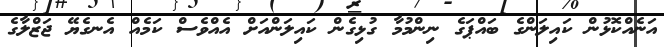
އަނެއްކޮޅުން ކައިލަންގެ ބައްޕަގެ ނިންމުމާ ގުޅިގެން ކައިލަންއަށް އެއްވެސް ކަމެއް އެނގެޔޭ ޖަޒްލާގެ